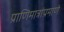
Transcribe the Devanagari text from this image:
प्राणिमात्रांप्रमाणे